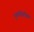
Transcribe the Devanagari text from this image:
पृथ्वीसोबत